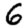
Digit: 6